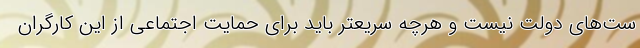
ست‌های دولت نیست و هرچه سریعتر باید برای حمایت اجتماعی از این کارگران